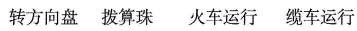
转方向盘拨算珠火车运行缆车运行